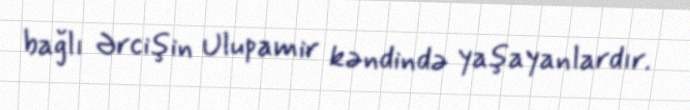
bağlı Ərcişin Ulupamir kəndində yaşayanlardır.